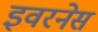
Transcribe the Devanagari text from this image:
इवरनेस